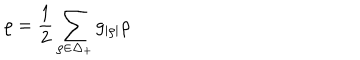
\varrho = { \frac { 1 } { 2 } } \sum _ { \rho \in \Delta _ { + } } g _ { | \rho | } \rho